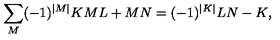
\sum _ { M } ( - 1 ) ^ { | M | } { \binom { K } { M } } { \binom { L + M } { N } } = ( - 1 ) ^ { | K | } { \binom { L } { N - K } } ,